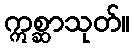
ဣစ္ဆာသုတ်။